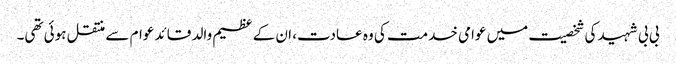
بی بی شہید کی شخصیت میں عوامی خدمت کی وہ عادت، ان کے عظیم والد قائد عوام سے منتقل ہوئی تھی۔